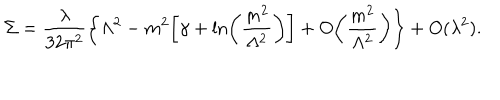
\Sigma = \frac { \lambda } { 3 2 \pi ^ { 2 } } \biggl \{ \Lambda ^ { 2 } - m ^ { 2 } \biggl [ \gamma + \ln \biggl ( \frac { m ^ { 2 } } { \Lambda ^ { 2 } } \biggr ) \biggr ] + O \biggl ( \frac { m ^ { 2 } } { \Lambda ^ { 2 } } \biggr ) \biggr \} + O ( \lambda ^ { 2 } ) .